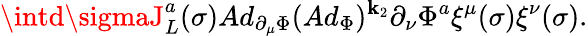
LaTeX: \intd\sigmaJ_{L}^{a}(\sigma)Ad_{\partial_{\mu}\Phi}(Ad_{\Phi})^{\mathbf{k}_{2}}\partial_{\nu}\Phi^{a}\xi^{\mu}(\sigma)\xi^{\nu}(\sigma).